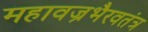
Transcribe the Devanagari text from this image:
महावज्रभैरवतंत्र